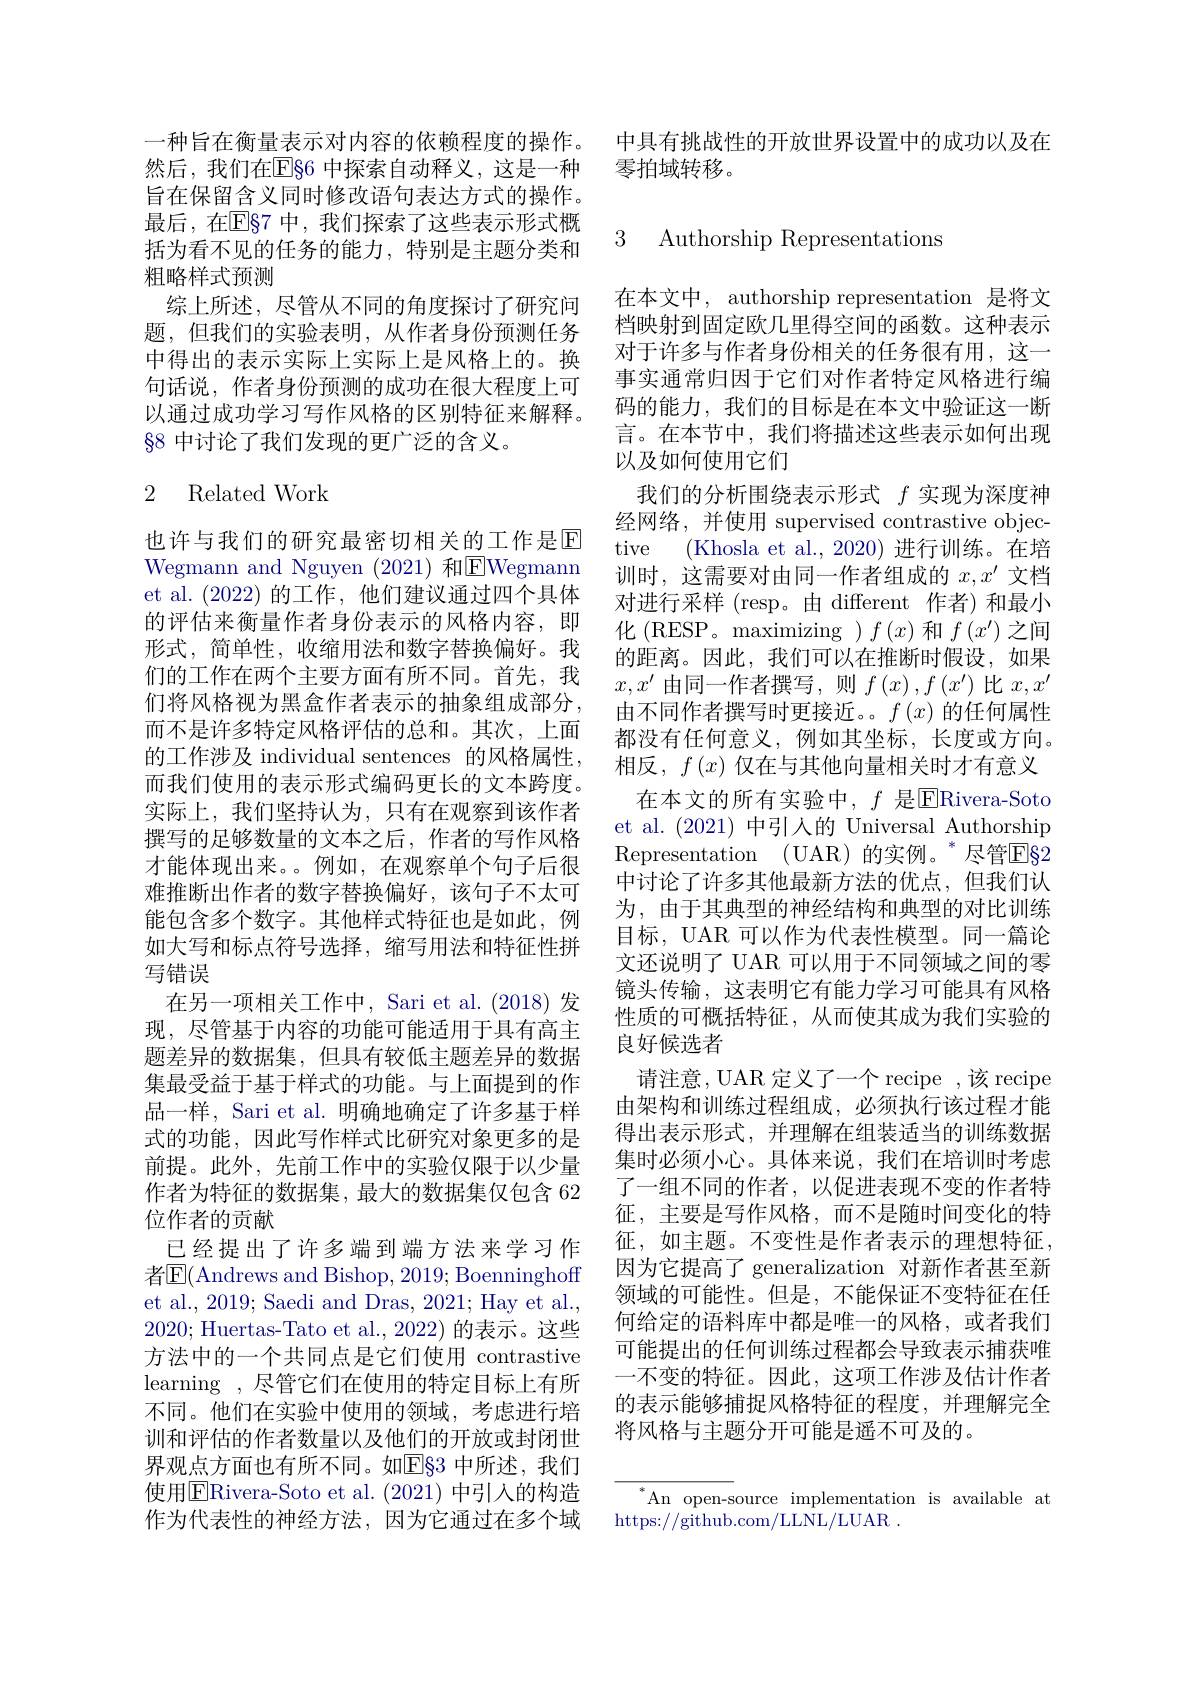
旨在保留含义同时修改语句表达方式的操作。最后，在$\overline{\mathrm{E}}\S$7 中，我们探索了这些表示形式概括为看不见的任务的能力，特别是主题分类和粗略样式预测
综上所述，尽管从不同的角度探讨了研究问题，但我们的实验表明，从作者身份预测任务中得出的表示实际上实际上是风格上的。换句话说，作者身份预测的成功在很大程度上可以通过成功学习写作风格的区别特征来解释。$\S8$中讨论了我们发现的更广泛的含义。

### 2 Related Work

也许与我们的研究最密切相关的工作是$\overline{\mathrm{E}}$ Wegmann and Nguyen (2021) 和$\overline\text{EWegmann}$ et al.(2022)的工作，他们建议通过四个具体的评估来衡量作者身份表示的风格内容，即形式，简单性，收缩用法和数字替换偏好。我们的工作在两个主要方面有所不同。首先，我们将风格视为黑盒作者表示的抽象组成部分， 而不是许多特定风格评估的总和。其次，上面的工作涉及 individual sentences 的风格属性， 而我们使用的表示形式编码更长的文本跨度。实际上，我们坚持认为，只有在观察到该作者撰写的足够数量的文本之后，作者的写作风格才能体现出来。例如，在观察单个句子后很难推断出作者的数字替换偏好，该句子不太可能包含多个数字。其他样式特征也是如此，例如大写和标点符号选择，缩写用法和特征性拼写错误
在另一项相关工作中，Sari et al. (2018) 发现，尽管基于内容的功能可能适用于具有高主题差异的数据集，但具有较低主题差异的数据集最受益于基于样式的功能。与上面提到的作品一样，Sari et al. 明确地确定了许多基于样式的功能，因此写作样式比研究对象更多的是前提。此外，先前工作中的实验仅限于以少量作者为特征的数据集，最大的数据集仅包含 62位作者的贡献
已经提出了许多端到端方法来学习作者$\mathbb{E}($Andrews and Bishop, 2019; Boenninghoff et al., 2019; Saedi and Dras, 2021; Hay et al., 2020; Huertas-Tato et al., 2022) 的表示。这些方法中的一个共同点是它们使用 contrastive learning , 尽管它们在使用的特定目标上有所不同。他们在实验中使用的领域，考虑进行培训和评估的作者数量以及他们的开放或封闭世界观点方面也有所不同。如E[83 中所述，我们使用$\overline{\mathrm{E}}$Rivera-Soto et al.(2021) 中引入的构造作为代表性的神经方法，因为它通过在多个域

一种旨在衡量表示对内容的依赖程度的操作。中具有挑战性的开放世界设置中的成功以及在
然后，我们在$\overline{\mathrm{E}}_{9}$6 中探索自动释义，这是一种 零拍域转移。

### 3 Authorship Representations

在本文中，authorship representation 是将文档映射到固定欧几里得空间的函数。这种表示对于许多与作者身份相关的任务很有用，这一事实通常归因于它们对作者特定风格进行编码的能力，我们的目标是在本文中验证这一断言。在本节中，我们将描述这些表示如何出现以及如何使用它们
我们的分析围绕表示形式$f$实现为深度神经网络，并使用 supervised contrastive objective (Khosla et al., 2020) 进行训练。在培训时，这需要对由同一作者组成的$x,x^\prime$文档对进行采样 (resp。由 different 作者)和最小化 (RESP。maximizing )$f\left(x\right)$和$f\left(x^{\prime}\right)$之间的距离。因此，我们可以在推断时假设，如果$x,x^{\prime}$由同一作者撰写，则$f\left(x\right),f\left(x^{\prime}\right)$比$x,x^\prime$ 由不同作者撰写时更接近。。$f\left(x\right)$的任何属性都没有任何意义，例如其坐标，长度或方向。相反，$f\left(x\right)$仅在与其他向量相关时才有意义
在本文的所有实验中，$f$ 是$\overline{\mathrm{ERivera-Soto}}$ et al.(2021) 中引人的 Universal Authorship Representation (UAR)的实例。”尽管E$\S2$ 中讨论了许多其他最新方法的优点，但我们认为，由于其典型的神经结构和典型的对比训练目标，UAR 可以作为代表性模型。同一篇论文还说明了 UAR 可以用于不同领域之间的零镜头传输，这表明它有能力学习可能具有风格性质的可概括特征，从而使其成为我们实验的良好候选者
请注意，UAR 定义了一个 recipe ,该 recipe 由架构和训练过程组成，必须执行该过程才能得出表示形式，并理解在组装适当的训练数据集时必须小心。具体来说，我们在培训时考虑了一组不同的作者，以促进表现不变的作者特征，主要是写作风格，而不是随时间变化的特征，如主题。不变性是作者表示的理想特征， 因为它提高了 generalization 对新作者甚至新领域的可能性。但是，不能保证不变特征在任何给定的语料库中都是唯一的风格，或者我们可能提出的任何训练过程都会导致表示捕获唯一不变的特征。因此，这项工作涉及估计作者的表示能够捕捉风格特征的程度，并理解完全将风格与主题分开可能是遥不可及的。

$^{*}$An open-source implementation is available at
https://github.com/LLNL/LUAR.